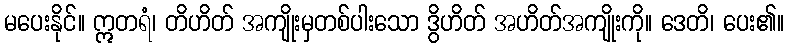
မပေးနိုင်။ ဣတရံ၊ တိဟိတ် အကျိုးမှတစ်ပါးသော ဒွိဟိတ် အဟိတ်အကျိုးကို။ ဒေတိ၊ ပေး၏။